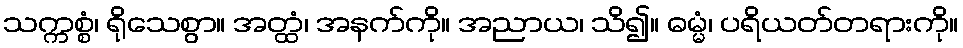
သက္ကစ္စံ၊ ရိုသေစွာ။ အတ္ထံ၊ အနက်ကို။ အညာယ၊ သိ၍။ ဓမ္မံ၊ ပရိယတ်တရားကို။